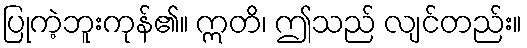
ပြုကဲ့ဘူးကုန်၏။ ဣတိ၊ ဤသည် လျင်တည်း။